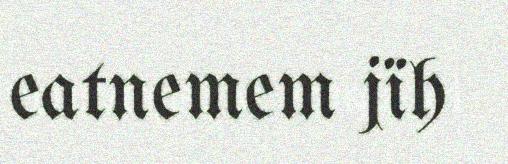
eatnemem jïh